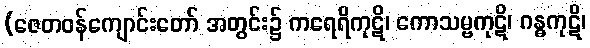
(ဇေတဝန်ကျောင်းတော် အတွင်း၌ ကရေရိကုဋိ၊ ကောသမ္ဗကုဋိ၊ ဂန္ဓကုဋိ၊